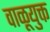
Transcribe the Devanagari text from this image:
वाळूयुक्त